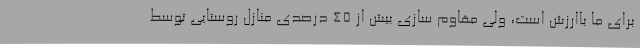
برای ما باارزش است، ولی مقاوم سازی بیش از 45 درصدی منازل روستایی توسط